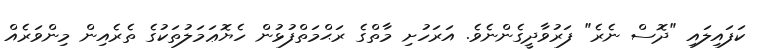
ކަފައިލައި "ދޮސް ނެރެ" ފަރުވާދީގެންނެވެ. އަރަހުށި މާތްގެ ރަޙްމަތްފުޅުން ހެޔޮޢަމަލުތަކުގެ ތެރެއިން މިންވަރެއް